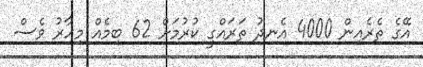
އޭގެ ތެރެއިން 4000 އެނދު ތަރައްގީ ކުރުމަށް 62 ބިމެއް މިހާރު ވެސް